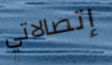
إتصالاتي